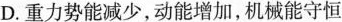
D.重力势能减少，动能增加，机械能守恒